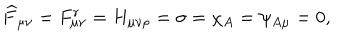
\widehat { F } _ { \mu \nu } = F _ { \mu \nu } ^ { r } = H _ { \mu \nu \rho } = \sigma = \chi _ { A } = \psi _ { A \mu } = 0 ,